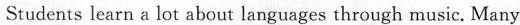
Students learn a lot about languages through music. Many